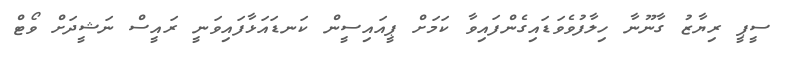
ސީޕީ ރިޔާޒު ގާނޫނާ ހިލާފުވެވަޑައިގެންފައިވާ ކަމަށް ޕީއައިސީން ކަނޑައަޅާފައިވަނީ ރައީސް ނަޝީދަށް ވޯޓް